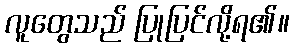
လူတွေသည် ပြုပြင်လို့ရ၏။